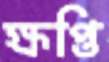
ক্ষপ্তি